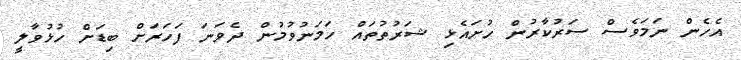
އެހެން ނަމަވެސް ސަރުކާރުން ހުށައެޅި ޝަރުތުތައް ހަމަނުވުމުން ދެވަނަ ފަހަރަށް ބިޑަށް ހުޅުވާލީ